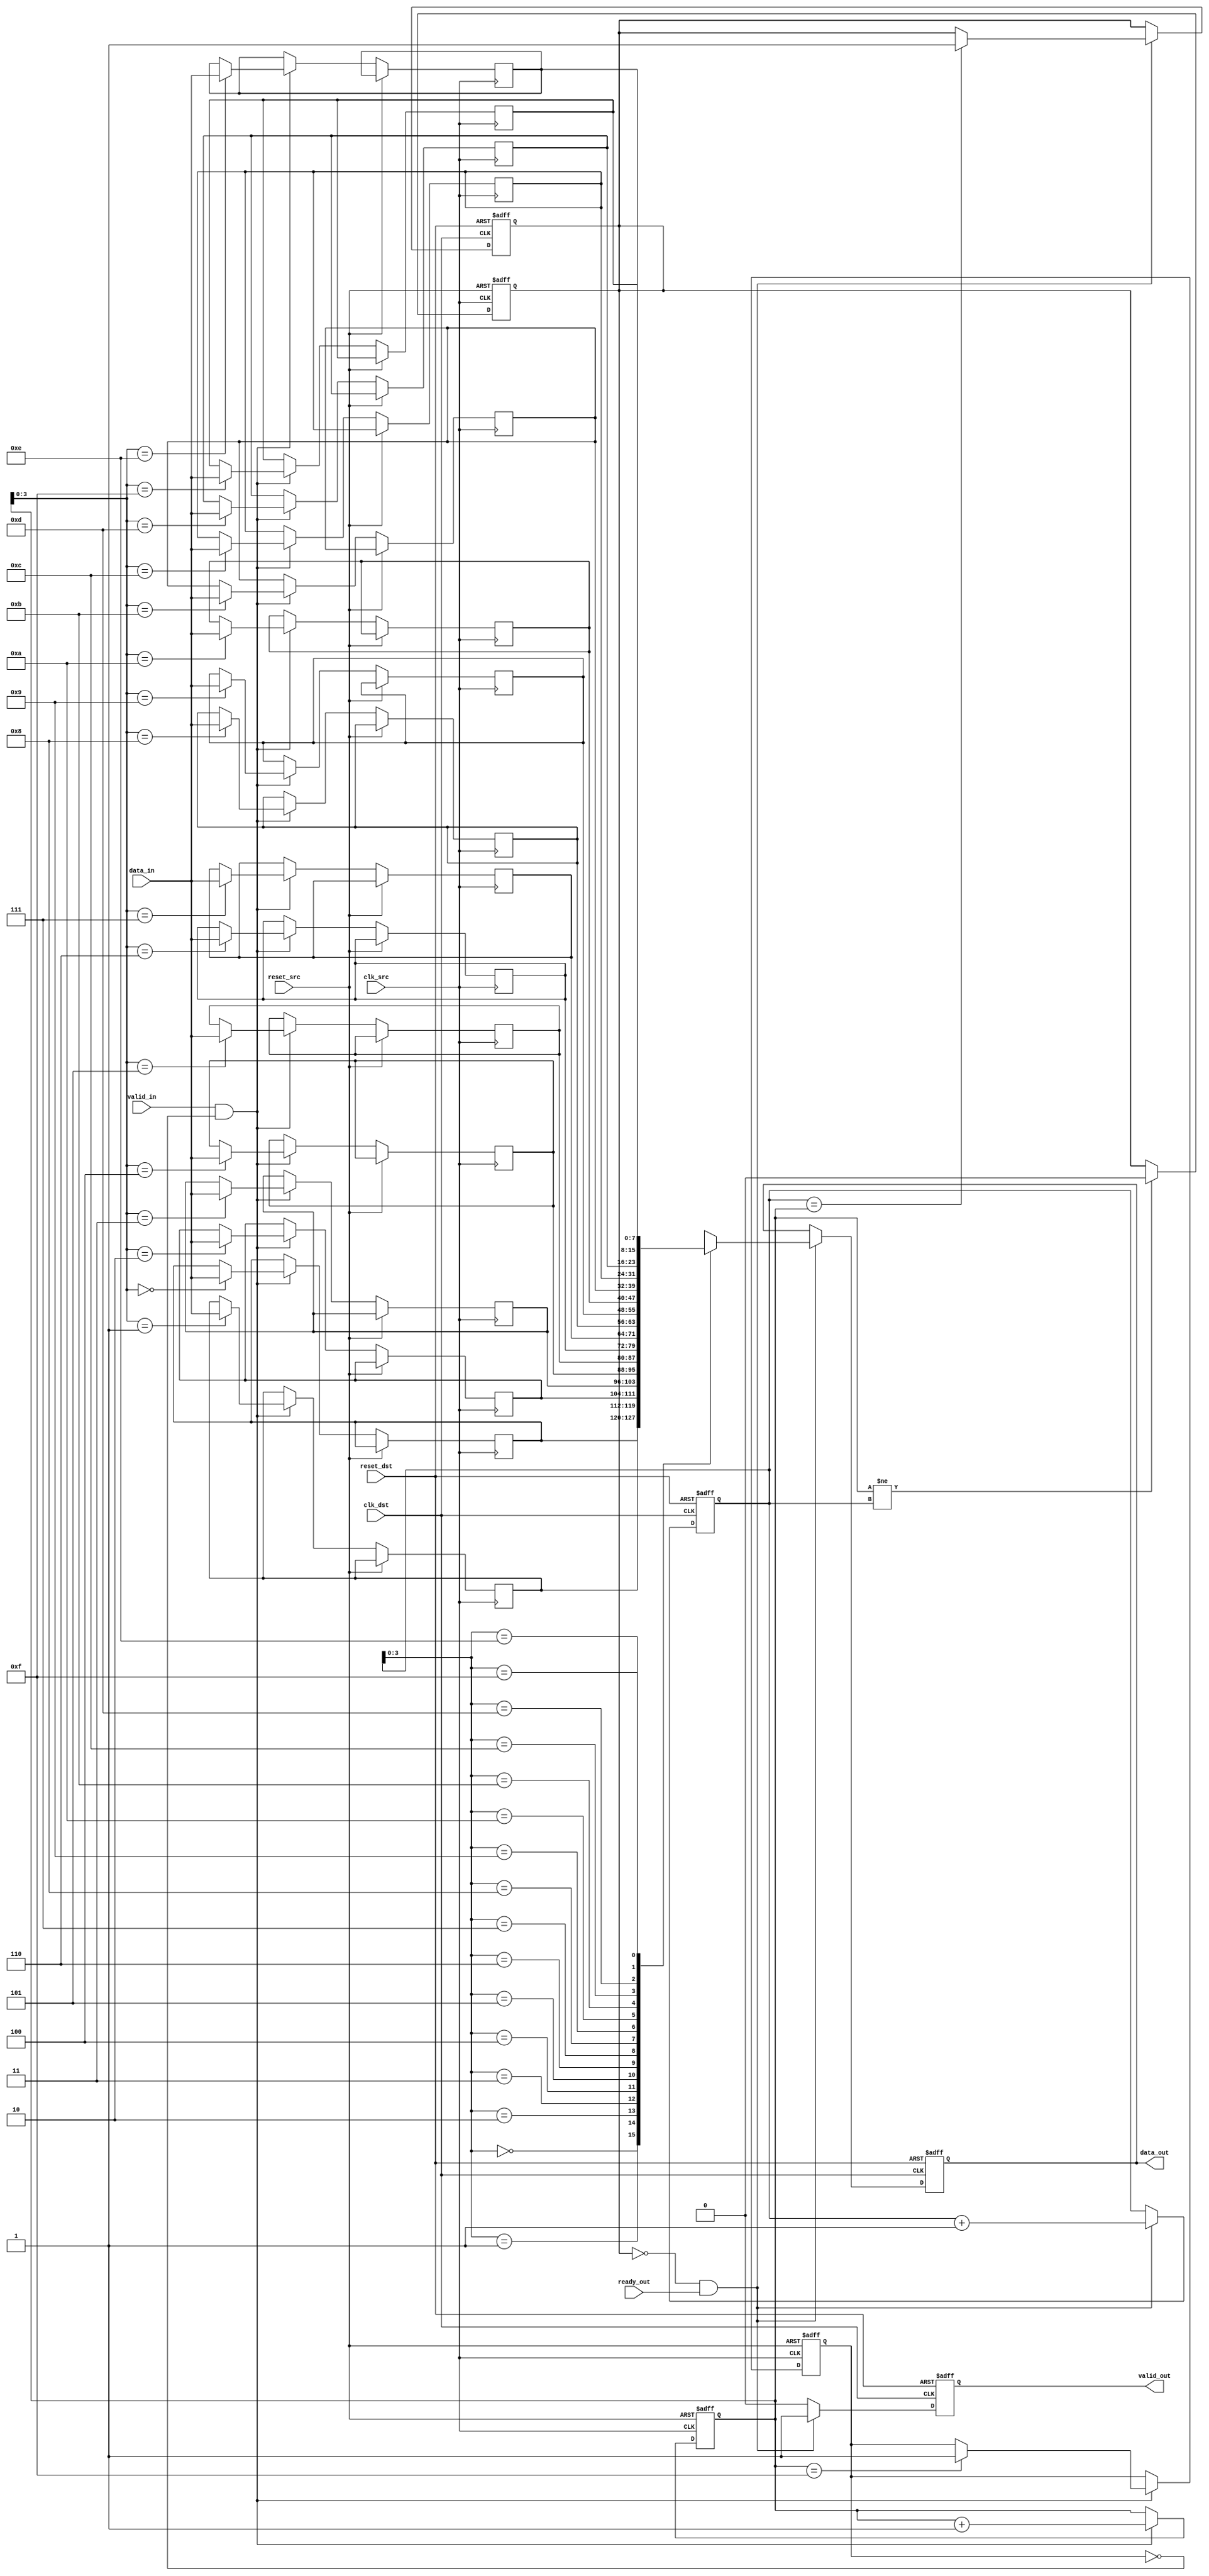
module MemoryBlocksPipelineSynchronizer #(
    parameter DATA_WIDTH = 8,  // Width of the data
    parameter FIFO_DEPTH = 16   // Depth of the FIFO
)(
    input wire clk_src,         // Source clock
    input wire clk_dst,         // Destination clock
    input wire reset_src,       // Reset for source clock domain
    input wire reset_dst,       // Reset for destination clock domain
    input wire [DATA_WIDTH-1:0] data_in, // Data input from source domain
    input wire valid_in,        // Valid signal from source domain
    output reg [DATA_WIDTH-1:0] data_out, // Data output to destination domain
    output reg valid_out,       // Valid signal to destination domain
    input wire ready_out        // Ready signal from destination domain
);

    // FIFO buffer signals
    reg [DATA_WIDTH-1:0] fifo_mem [0:FIFO_DEPTH-1];
    reg [4:0] write_ptr;       // Write pointer
    reg [4:0] read_ptr;        // Read pointer
    reg fifo_full;             // FIFO full flag
    reg fifo_empty;            // FIFO empty flag

    // Synchronization registers
    reg [DATA_WIDTH-1:0] sync_reg1;
    reg [DATA_WIDTH-1:0] sync_reg2;
    reg valid_reg1;
    reg valid_reg2;

    // Write data to FIFO on valid input
    always @(posedge clk_src or posedge reset_src) begin
        if (reset_src) begin
            write_ptr <= 0;
            fifo_full <= 0;
        end else if (valid_in && !fifo_full) begin
            fifo_mem[write_ptr] <= data_in;
            write_ptr <= write_ptr + 1;
            if (write_ptr == FIFO_DEPTH - 1) begin
                fifo_full <= 1;
            end
        end
    end

    // Read data from FIFO and synchronize to destination clock domain
    always @(posedge clk_dst or posedge reset_dst) begin
        if (reset_dst) begin
            read_ptr <= 0;
            fifo_empty <= 1;
            data_out <= 0;
            valid_out <= 0;
        end else if (!fifo_empty && ready_out) begin
            data_out <= fifo_mem[read_ptr];
            valid_out <= 1;
            read_ptr <= read_ptr + 1;
            if (read_ptr == write_ptr) begin
                fifo_empty <= 1;
            end
        end else begin
            valid_out <= 0;
        end
    end

    // Synchronize valid signal using dual flip-flop
    always @(posedge clk_src or posedge reset_src) begin
        if (reset_src) begin
            sync_reg1 <= 0;
            valid_reg1 <= 0;
        end else begin
            sync_reg1 <= data_in;
            valid_reg1 <= valid_in;
        end
    end

    always @(posedge clk_dst or posedge reset_dst) begin
        if (reset_dst) begin
            sync_reg2 <= 0;
            valid_reg2 <= 0;
        end else begin
            sync_reg2 <= sync_reg1;
            valid_reg2 <= valid_reg1;
        end
    end

    // Update FIFO empty flag
    always @(posedge clk_src or posedge reset_src) begin
        if (reset_src) begin
            fifo_empty <= 1;
        end else if (write_ptr != read_ptr) begin
            fifo_empty <= 0;
        end
    end

endmodule